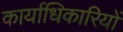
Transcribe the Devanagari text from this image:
कार्याधिकारियों